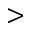
>